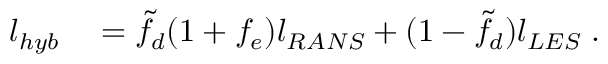
\begin{array} { r l } { l _ { h y b } } & { { } = \Tilde { f } _ { d } ( 1 + f _ { e } ) l _ { R A N S } + ( 1 - \Tilde { f } _ { d } ) l _ { L E S } \; . } \end{array}